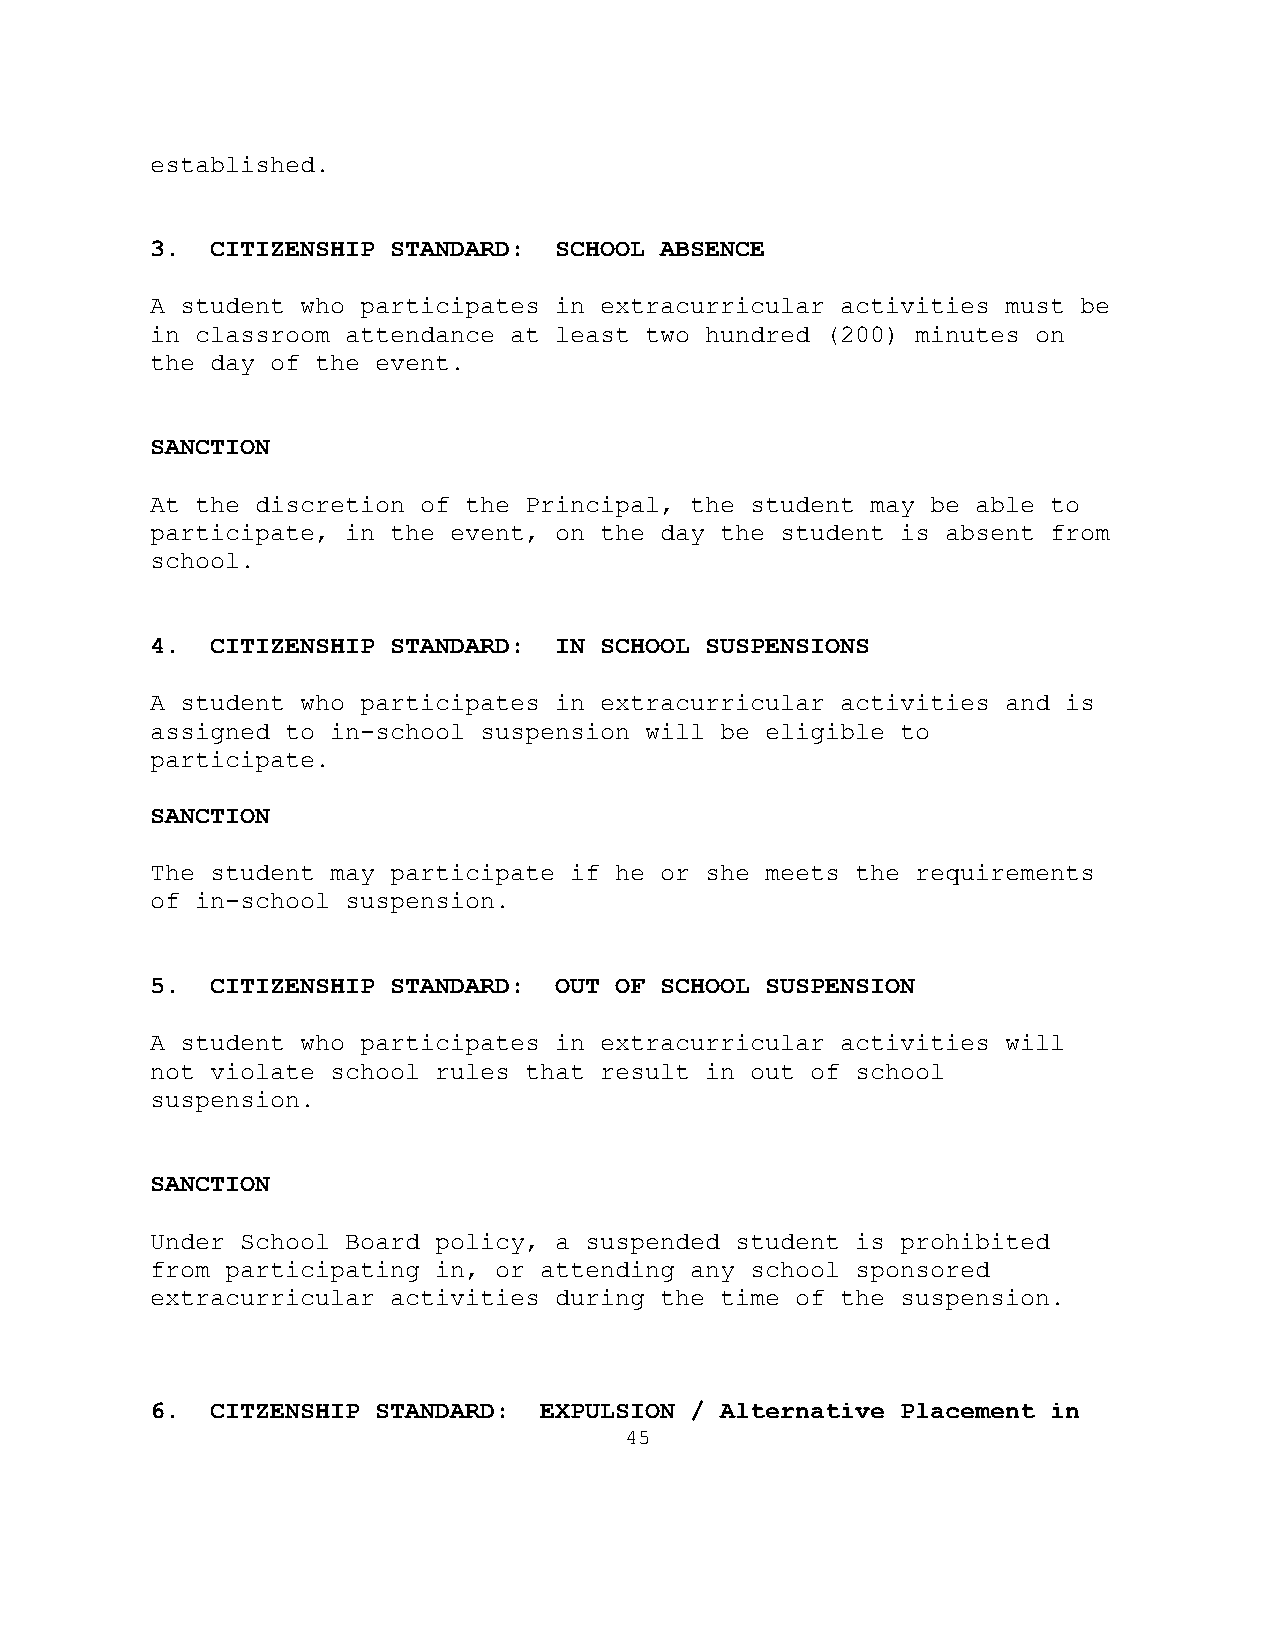
established.
 3.  CITIZENSHIP STANDARD:  SCHOOL ABSENCE
 A student who participates in extracurricular activities must be
 in classroom attendance at least two hundred (200) minutes on
 the day of the event.
 SANCTION
 At the discretion of the Principal, the student may be able to
 participate, in the event, on the day the student is absent from
 school.
 4.  CITIZENSHIP STANDARD:  IN SCHOOL SUSPENSIONS
 A student who participates in extracurricular activities and is
 assigned to in-school suspension will be eligible to
 participate.
 SANCTION
 The student may participate if he or she meets the requirements
 of in-school suspension.
 5.  CITIZENSHIP STANDARD:  OUT OF SCHOOL SUSPENSION
 A student who participates in extracurricular activities will
 not violate school rules that result in out of school
 suspension.
 SANCTION
 Under School Board policy, a suspended student is prohibited
 from participating in, or attending any school sponsored
 extracurricular activities during the time of the suspension.
 6.  CITZENSHIP STANDARD:  EXPULSION / Alternative Placement in
 45